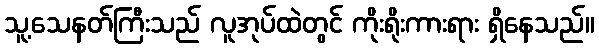
သူ့သေနတ်ကြီးသည် လူအုပ်ထဲတွင် ကိုးရိုးကားရား ရှိနေသည်။